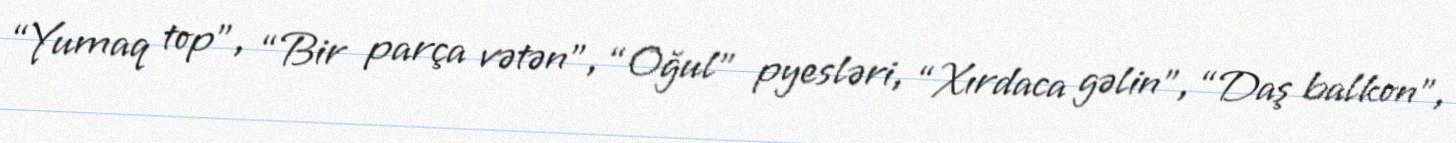
“Yumaq top”, “Bir parça vətən”, “Oğul” pyesləri, “Xırdaca gəlin”, “Daş balkon”,